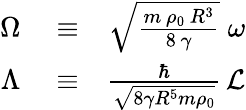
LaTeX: \begin{array}{rlr}{\Omega}&{{}\equiv}&{\sqrt{\frac{m\, \rho_{0}\, R^{3}}{8\, \gamma}}\; \omega}\\ {\Lambda}&{{}\equiv}&{\frac{\hbar}{\sqrt{8\gamma R^{5}m\rho_{0}}}\, {\cal L}}\end{array}